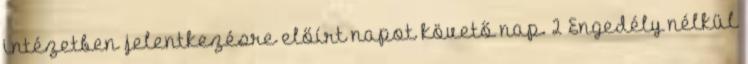
intézetben jelentkezésre előírt napot követő nap. 2 Engedély nélkül